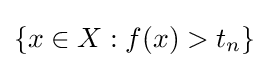
\{x\in X:f(x)>t_{n}\}